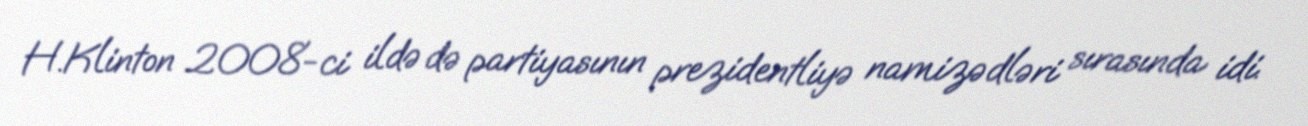
H.Klinton 2008-ci ildə də partiyasının prezidentliyə namizədləri sırasında idi.